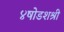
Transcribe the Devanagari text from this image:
४षोडशश्री